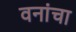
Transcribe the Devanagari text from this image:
वनांचा